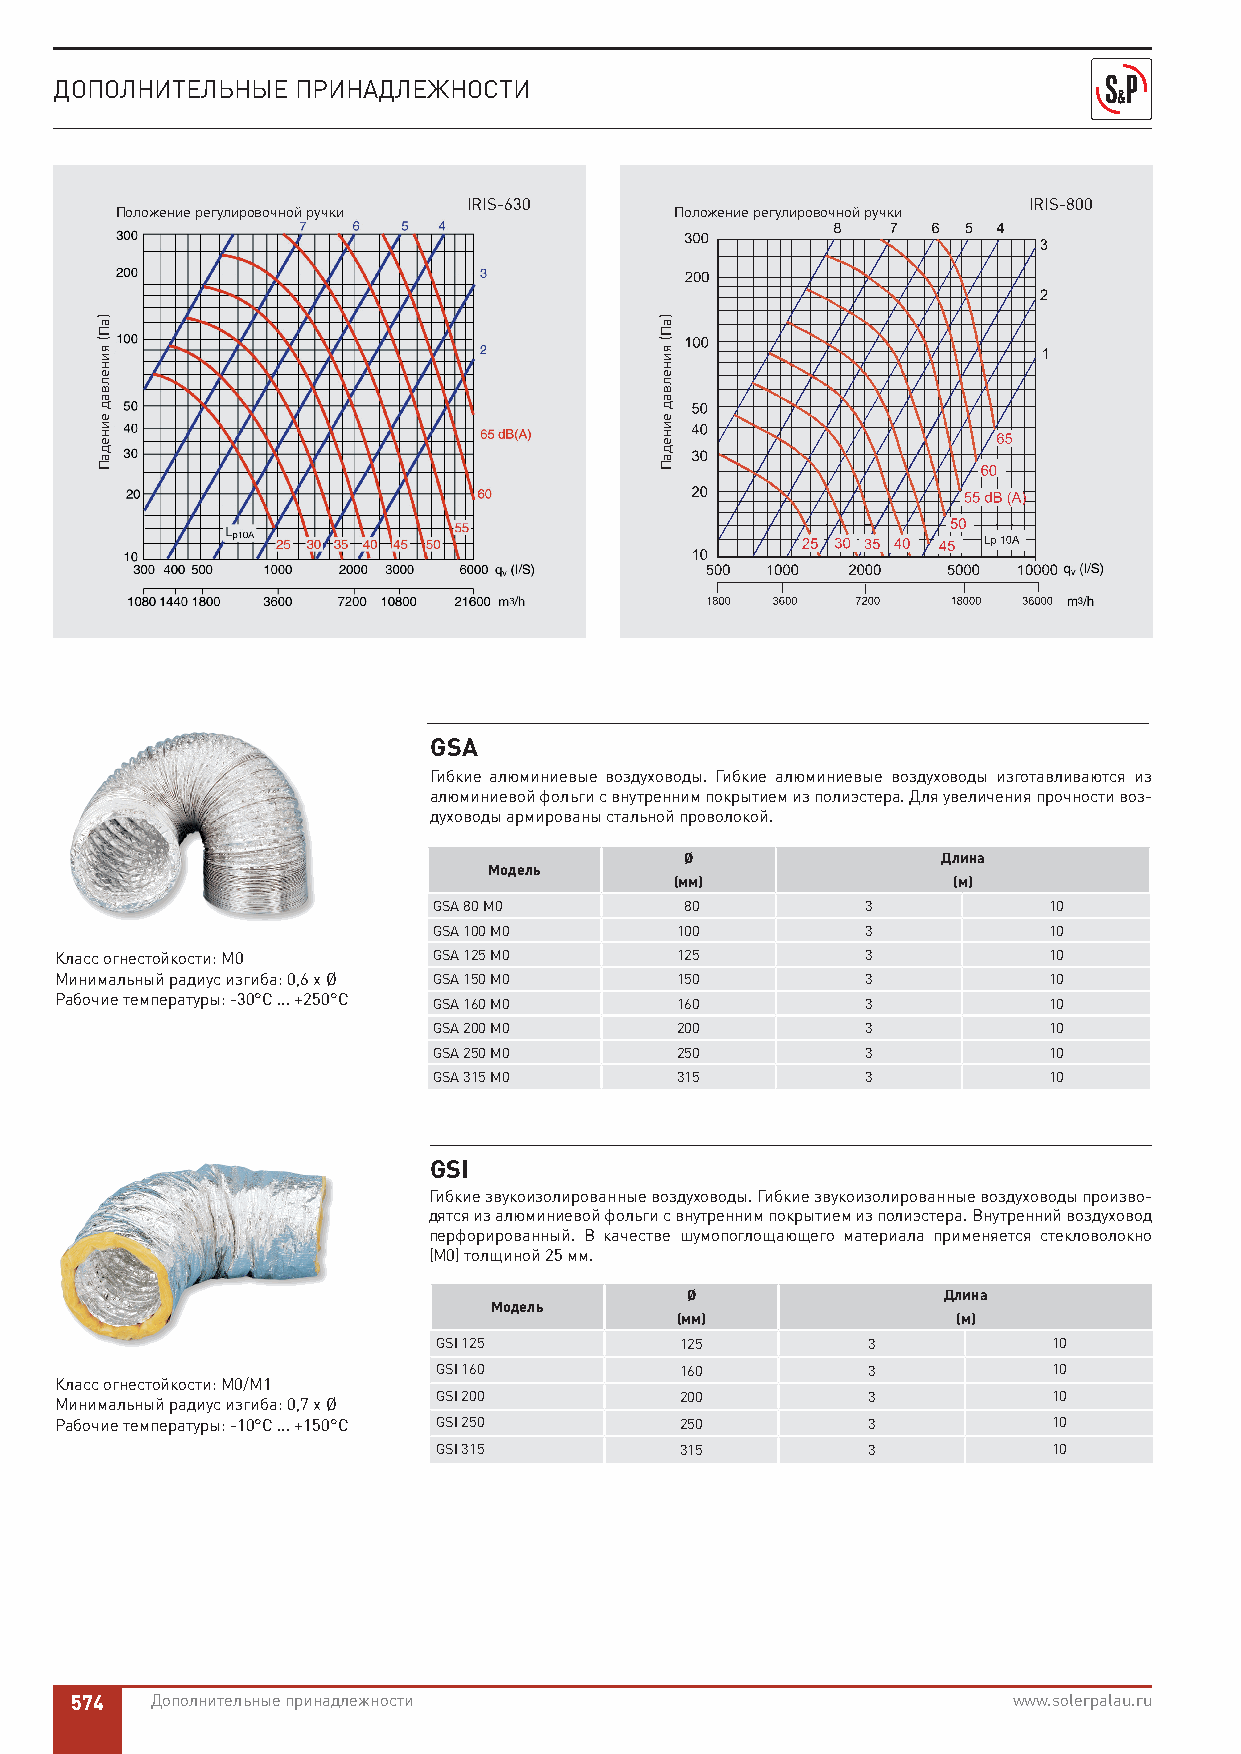
ДОПОЛНИТЕЛЬНЫЕ ПРИНАДЛЕЖНОСТИ
 IRIS-630                             IRIS-800
 Положение регулировочной ручки       Положение регулировочной ручки
 GSA
 Гибкие алюминиевые воздуховоды. Гибкие алюминиевые воздуховоды изготавливаются из
 алюминиевой фольги с внутренним покрытием из полиэстера. Для увеличения прочности воз-
 духоводы армированы стальной проволокой.
 Ø                Длина
 Модель
 (мм)              (м)
 GSA 80 М0       80          3           10
 GSA 100 М0      100         3           10
 Класс огнестойкости: М0  GSA 125 М0      125         3           10
 Минимальный радиус изгиба: 0,6 x Ø GSA 150 М0 150    3           10
 Рабочие температуры: -30°C ... +250°C GSA 160 М0 160 3           10
 GSA 200 М0      200         3           10
 GSA 250 М0      250         3           10
 GSA 315 М0      315         3           10
 GSI
 Гибкие звукоизолированные воздуховоды. Гибкие звукоизолированные воздуховоды произво-
 дятся из алюминиевой фольги с внутренним покрытием из полиэстера. Внутренний воздуховод
 перфорированный. В качестве шумопоглощающего материала применяется стекловолокно
 (М0) толщиной 25 мм.
 Ø                Длина
 Модель
 (мм)              (м)
 GSI 125         125         3            10
 GSI 160         160         3            10
 Класс огнестойкости: М0/М1
 GSI 200         200         3            10
 Минимальный радиус изгиба: 0,7 x Ø
 Рабочие температуры: -10°C ... +150°C GSI 250 250    3            10
 GSI 315         315         3            10
 574  Дополнительные принадлежности                            www.solerpalau.ru
 )аП(
 яинелвад
 еинедаП
 )аП(
 яинелвад
 еинедаП